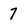
Character: 7